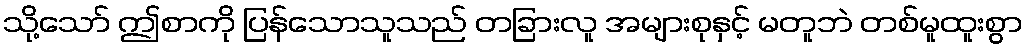
သို့သော် ဤစာကို ပြန်သောသူသည် တခြားလူ အများစုနှင့် မတူဘဲ တစ်မူထူးစွာ